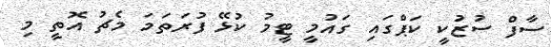
ސާފް ސުޒުކީ ކަޕްގައި ގައުމީ ޓީމު ކުޅޭ ފުރަތަމަ މެޗު އޮތީ މި